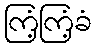
ကြံ့ကြံ့ခံ